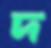
দ